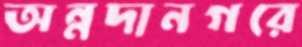
অন্নদানগরে